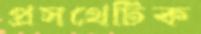
প্রসথেটিক